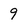
Character: 9